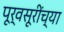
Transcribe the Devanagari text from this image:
पूर्वसूरींच्या